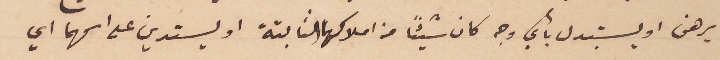
يرهن او يستبدل بأي وجه كان شيئاً من املاكهما الثابتة او يستدين على اسمهما اي